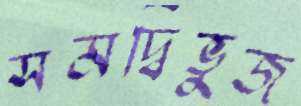
সমদ্বিভুজ